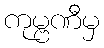
ကုမ္ဗဏီမှ